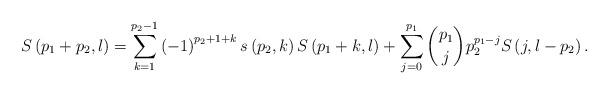
LaTeX: \begin{align*}S\left( p_{1}+p_{2},l\right) =\sum_{k=1}^{p_{2}-1}\left( -1\right)^{p_{2}+1+k}s\left( p_{2},k\right) S\left( p_{1}+k,l\right)+\sum_{j=0}^{p_{1}}\binom{p_{1}}{j}p_{2}^{p_{1}-j}S\left( j,l-p_{2}\right) .\end{align*}